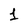
Character: 1